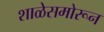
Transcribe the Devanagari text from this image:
शाळेसमोरून